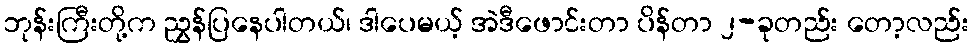
ဘုန်းကြီးတို့က ညွှန်ပြနေပါတယ်၊ ဒါပေမယ့် အဲဒီဖောင်းတာ ပိန်တာ ၂-ခုတည်း တော့လည်း